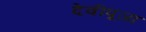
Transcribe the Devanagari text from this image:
देवीपूजा